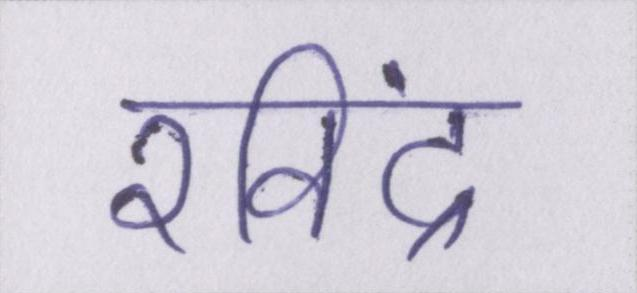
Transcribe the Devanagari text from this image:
रविंद्र